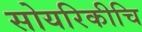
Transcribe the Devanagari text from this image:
सोयरिकीचि